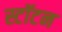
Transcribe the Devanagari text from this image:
स्टॉटन